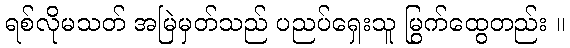
ရစ်လိုမသတ် အမြဲမှတ်သည် ပညပ်ရှေးသူ မြွက်ထွေတည်း ။